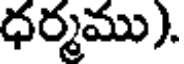
ధర్మము).